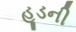
હૂડની